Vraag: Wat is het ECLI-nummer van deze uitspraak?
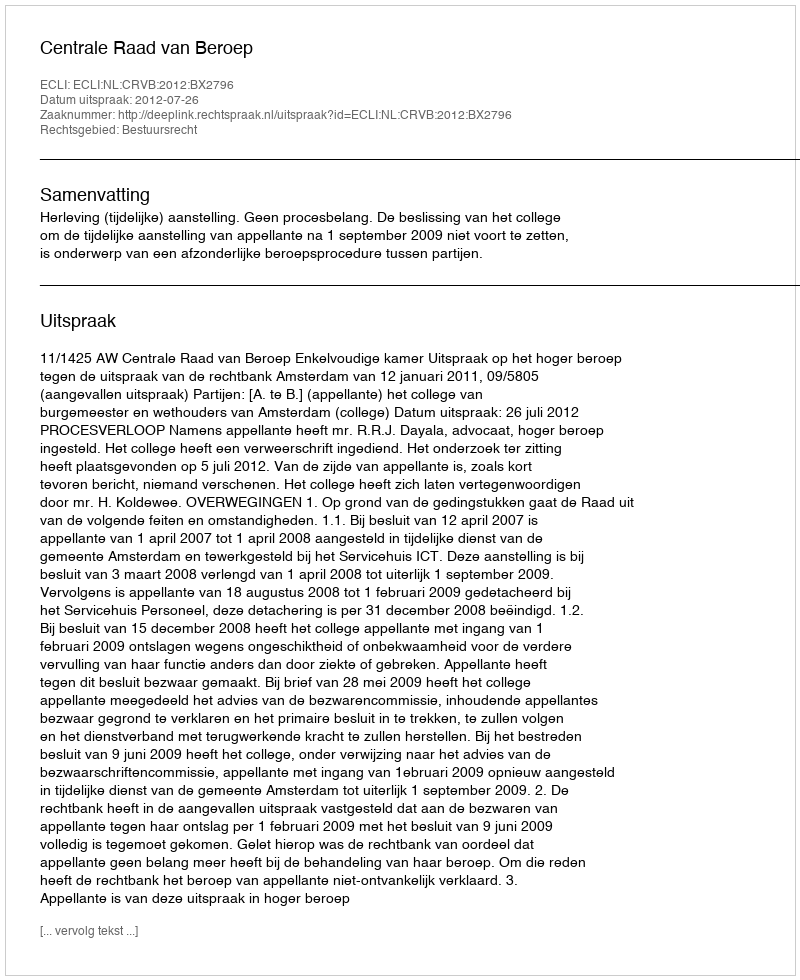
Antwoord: ECLI:NL:CRVB:2012:BX2796